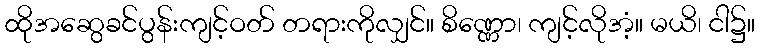
ထိုအဆွေခင်ပွန်းကျင့်ဝတ် တရားကိုလျှင်။ စိဏ္ဏော၊ ကျင့်လိုအံ့။ မယိ၊ ငါ၌။